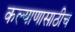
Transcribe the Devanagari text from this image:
कल्याणासाठीच